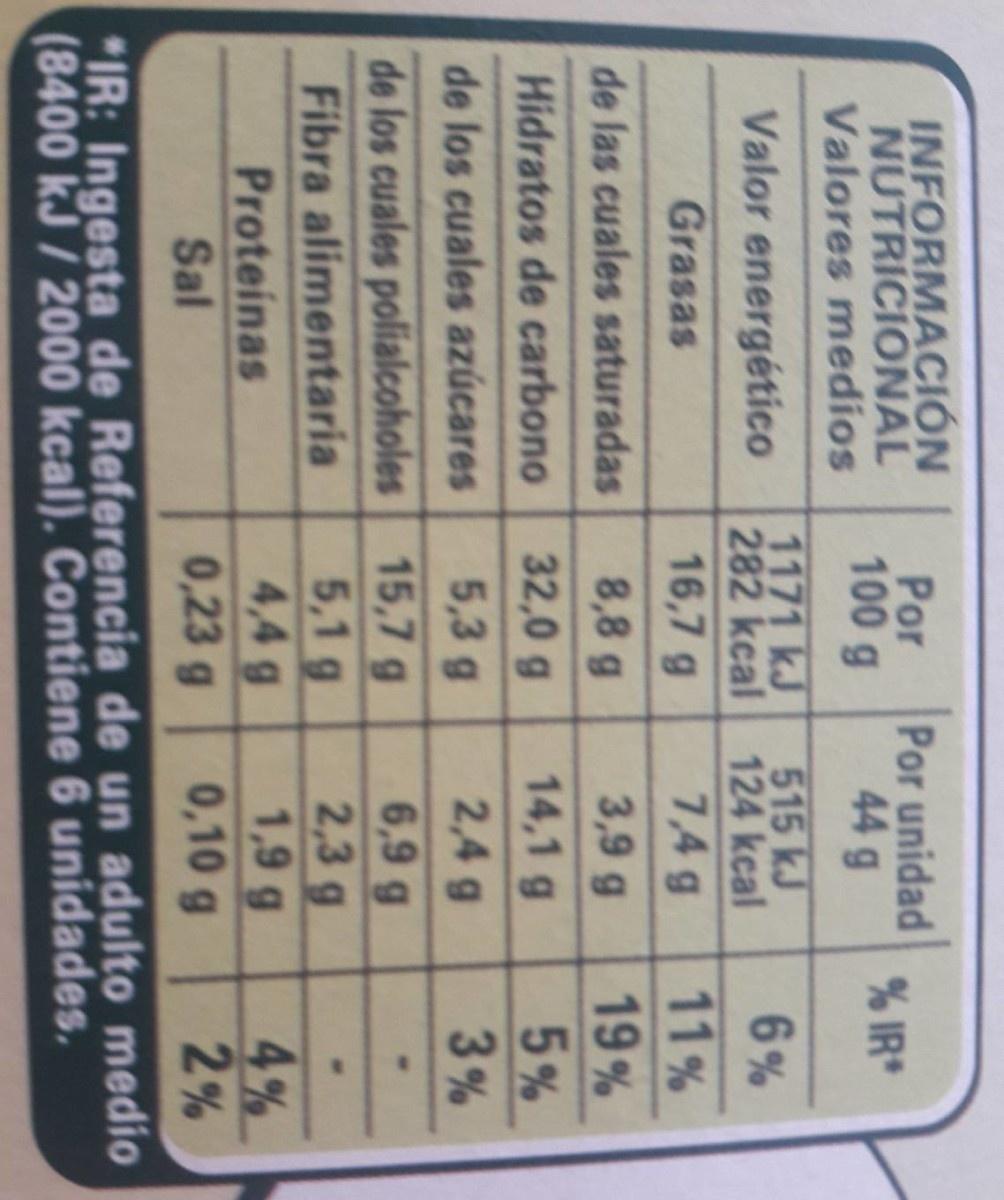
INFORMACIÓN NUTRICIONAL Valores medios Por 100 g Por unidad IR* 44 g 515 kJ 1171 kJ 282 kcal 124 kcal 74g 6% Valor energético 11 % 19% 5% 3 % Grasas 16,7 g de las cuales saturadas 8,8 g 3,9 g 32,0 g 14,1 g Hidratos de carbono 5,3 g 2,4 g de los cuales azúcares 15,7 g 5,1g 4,4 g 0,23 g 6,9 g 2.3 g 1,9 g 0,10 g de los cuales polialcoholes Fibra alimentaria Proteinas Sal 4 % 2% IR: Ingesta de Referencia de un adulto medio (8400 kJ/ 2000 kcal). Contiene 6 unidades